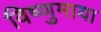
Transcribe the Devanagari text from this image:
विष्णुमाया